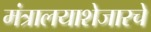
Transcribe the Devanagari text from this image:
मंत्रालयाशेजारचे